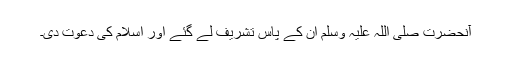
آنحضرت صلی اللہ علیہ وسلم ان کے پاس تشریف لے گئے اور اسلام کی دعوت دی۔